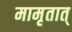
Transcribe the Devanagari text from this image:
मामृतात्